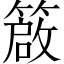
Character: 𥳃